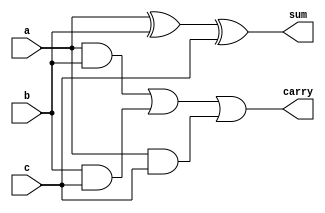
// --------------------------------------------------------------------
// >>>>>>>>>>>>>>>>>>>>>>>>> COPYRIGHT NOTICE <<<<<<<<<<<<<<<<<<<<<<<<<
// --------------------------------------------------------------------
// Copyright (c) 2019 by UCSD CSE 140L
// --------------------------------------------------------------------
//
// Permission:
//
//   This code for use in UCSD CSE 140L.
//   It is synthesisable for Lattice iCEstick 40HX.  
//
// Disclaimer:
//
//   This Verilog source code is intended as a design reference
//   which illustrates how these types of functions can be implemented.
//   It is the user's responsibility to verify their design for
//   consistency and functionality through the use of formal
//   verification methods.  
//
// --------------------------------------------------------------------
//           
//                     Lih-Feng Tsaur
//                     UCSD CSE Department
//                     9500 Gilman Dr, La Jolla, CA 92093
//                     U.S.A
//
// --------------------------------------------------------------------
//
// Revision History : 0.0


module full_adder(a, b, c, sum, carry);
input a;
input b;
input c;
output sum;
output carry;
wire d,e,f;

xor(sum,a,b,c);
and(d,a,b);
and(e,b,c);
and(f,a,c);
or(carry,d,e,f);

endmodule